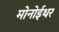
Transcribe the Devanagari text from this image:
मोनोईथर